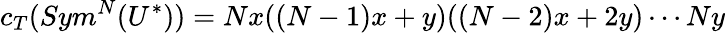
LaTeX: c_{T}(Sym^{N}(U^{*}))=Nx((N-1)x+y)((N-2)x+2y)\cdots Ny